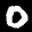
Label: 0